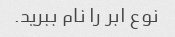
نوع ابر را نام ببرید.